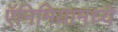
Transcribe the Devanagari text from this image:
ऍनिमियामध्ये